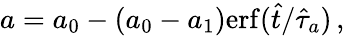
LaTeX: a=a_{0}-(a_{0}-a_{1})\mathrm{erf}(\hat{t}/\hat{\tau}_{a})\, ,